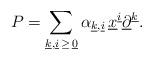
LaTeX: \begin{align*}P = \sum\limits_{\underline{k}, \underline{i} \, \ge \, \underline{0}} \alpha_{\underline{k}, \underline{i}} \, \underline{x}^{\underline{i}} \underline{\partial}^{\underline{k}}.\end{align*}